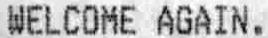
WELCOME AGAIN.